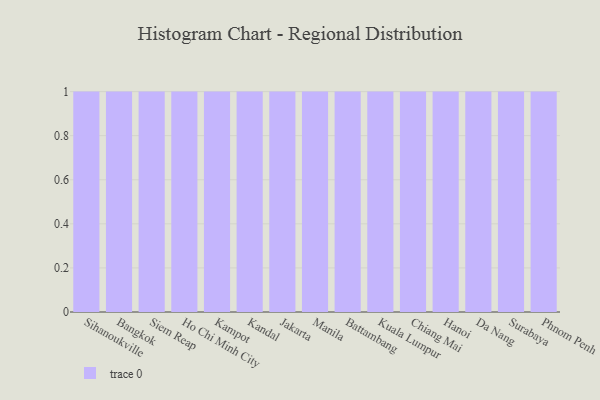
{"axis": {"x": "City", "y": "Demand Index"}, "legend": [""], "data": [{"x": "Sihanoukville", "y": 64, "type": ""}, {"x": "Bangkok", "y": 49, "type": ""}, {"x": "Siem Reap", "y": 12, "type": ""}, {"x": "Ho Chi Minh City", "y": 16, "type": ""}, {"x": "Kampot", "y": 68, "type": ""}, {"x": "Kandal", "y": 37, "type": ""}, {"x": "Jakarta", "y": 100, "type": ""}, {"x": "Manila", "y": 35, "type": ""}, {"x": "Battambang", "y": 76, "type": ""}, {"x": "Kuala Lumpur", "y": 94, "type": ""}, {"x": "Chiang Mai", "y": 4, "type": ""}, {"x": "Hanoi", "y": 95, "type": ""}, {"x": "Da Nang", "y": 100, "type": ""}, {"x": "Surabaya", "y": 41, "type": ""}, {"x": "Phnom Penh", "y": 72, "type": ""}]}